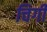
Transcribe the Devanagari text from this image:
चिगी